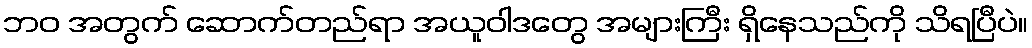
ဘဝ အတွက် ဆောက်တည်ရာ အယူဝါဒတွေ အများကြီး ရှိနေသည်ကို သိရပြီပဲ။